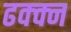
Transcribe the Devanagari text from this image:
ढक्क्न